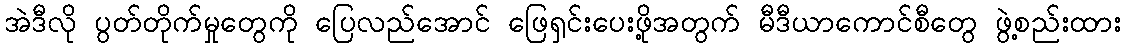
အဲဒီလို ပွတ်တိုက်မှုတွေကို ပြေလည်အောင် ဖြေရှင်းပေးဖို့အတွက် မီဒီယာကောင်စီတွေ ဖွဲ့စည်းထား